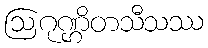
ဩဂုဏ္ဌိတသီသဿ